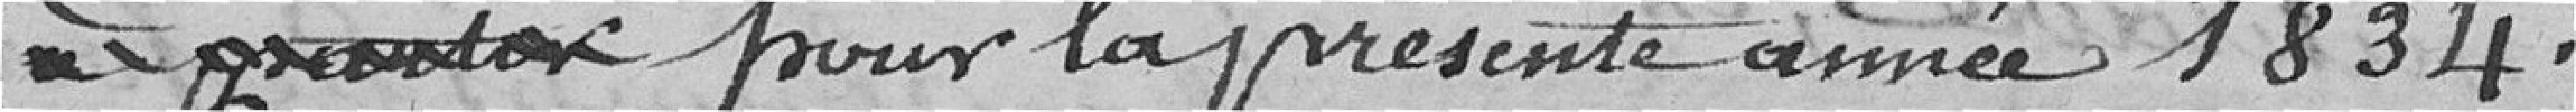
pour la présente année 1834.